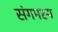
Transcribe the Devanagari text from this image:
संगमस्य